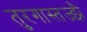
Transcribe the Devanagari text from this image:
तुरगास्तज्झै